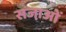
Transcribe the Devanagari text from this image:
सजा़ओं